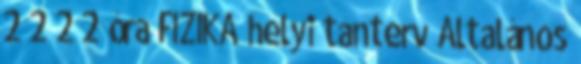
2 2 2 2 óra FIZIKA helyi tanterv Általános